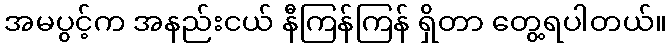
အမပွင့်က အနည်းငယ် နီကြန်ကြန် ရှိတာ တွေ့ရပါတယ်။